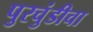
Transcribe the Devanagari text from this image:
पुरचुंडीचा